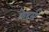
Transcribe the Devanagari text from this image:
फ़ेदर्स